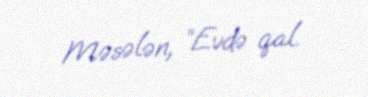
Məsələn, “Evdə qal.